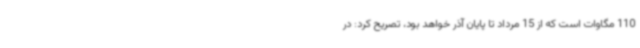
110 مگاوات است که از 15 مرداد تا پایان آذر خواهد بود، تصریح کرد: در